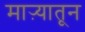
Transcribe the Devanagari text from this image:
माऱ्यातून